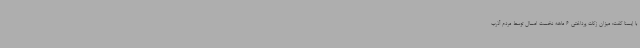
با ایسنا گفت: میزان زکات پرداختی 6 ماهه نخست امسال توسط مردم آذرب